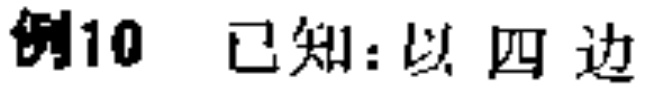
例10 已知：以 四 边